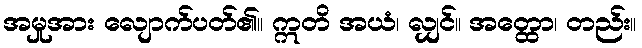
အမှုအား လျောက်ပတ်၏။ ဣတိ အယံ၊ လျှင်။ အတ္ထော၊ တည်း။